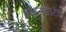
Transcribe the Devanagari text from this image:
अनइनवाइटेड